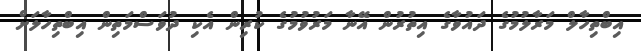
އިބްތިހާލް މަރާލުމުގެ ދައުވާގެ އިތުރުން އޭނާ މަރުވުމުގެ ކުރިން އެކި ދުވަސްމަތިން އިބްތިހާލަށް